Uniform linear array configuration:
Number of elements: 64
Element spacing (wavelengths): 0.25
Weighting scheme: blackman
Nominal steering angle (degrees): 30
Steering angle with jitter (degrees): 28.201
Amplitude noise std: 0.05
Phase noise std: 0.05

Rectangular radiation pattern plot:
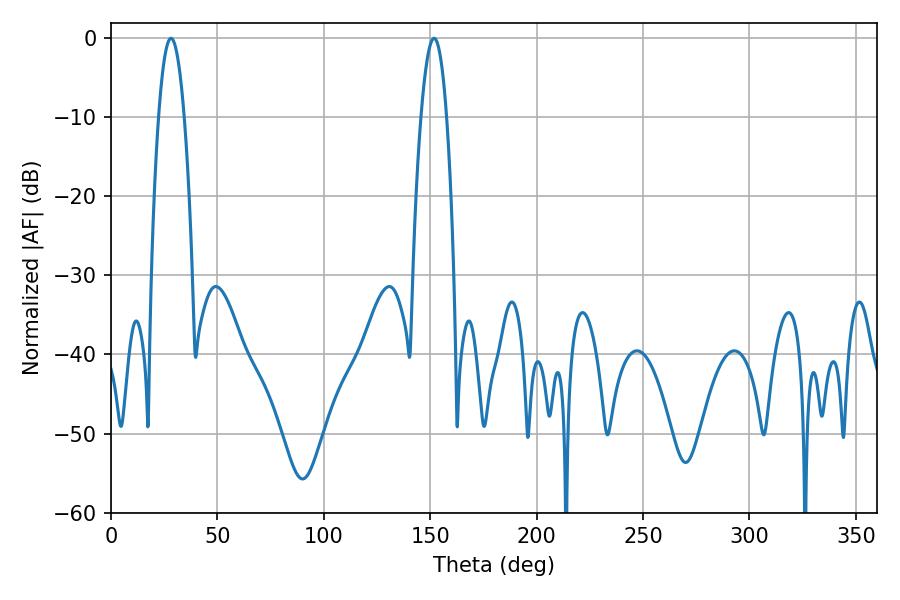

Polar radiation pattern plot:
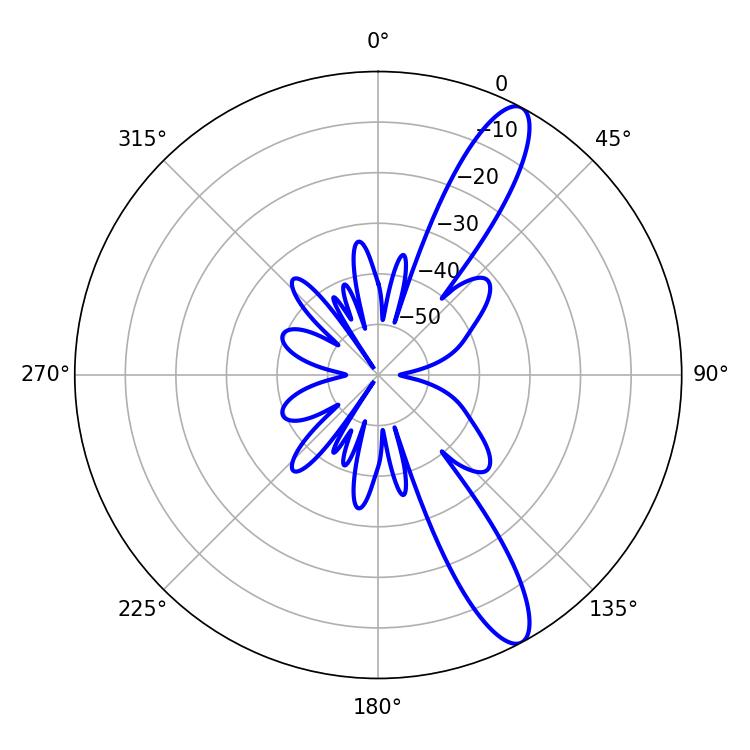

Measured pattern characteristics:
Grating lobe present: FALSE
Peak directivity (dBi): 12.285
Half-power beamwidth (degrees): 6.48
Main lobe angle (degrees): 28.26